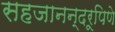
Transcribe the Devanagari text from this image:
सहजानन्दरूपिणे